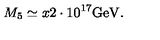
M _ { 5 } \simeq x 2 \cdot 1 0 ^ { 1 7 } \mathrm { G e V } .